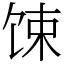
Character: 𫗧